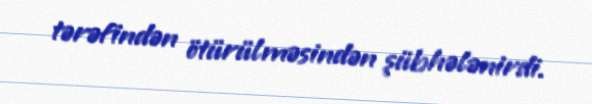
tərəfindən ötürülməsindən şübhələnirdi.